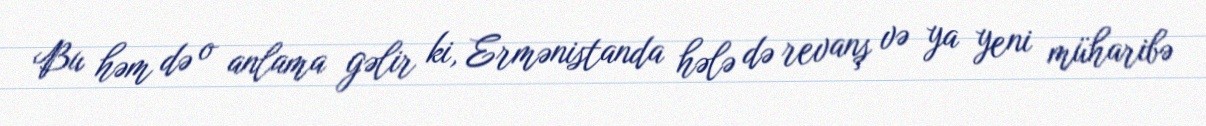
Bu həm də o anlama gəlir ki, Ermənistanda hələ də revanş və ya yeni müharibə